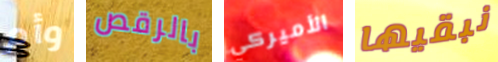
وأم بالرقص الأميركي نبقيها